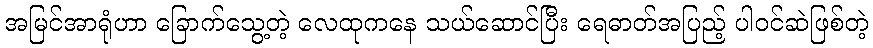
အမြင်အာရုံဟာ ခြောက်သွေ့တဲ့ လေထုကနေ သယ်ဆောင်ပြီး ရေဓာတ်အပြည့် ပါဝင်ဆဲဖြစ်တဲ့